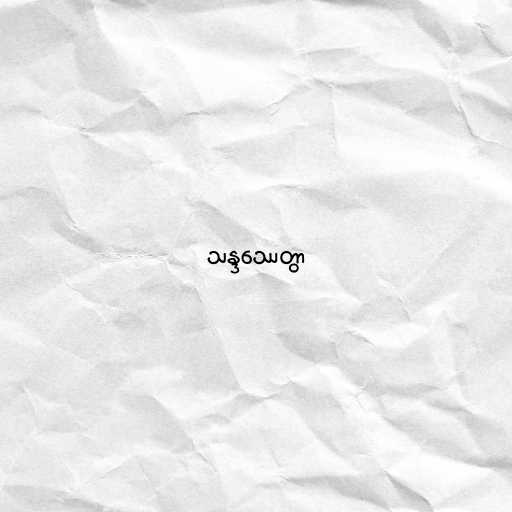
သန္ဒဿေတွာ